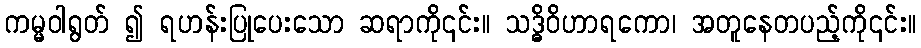
ကမ္မဝါရွတ် ၍ ရဟန်းပြုပေးသော ဆရာကို၎င်း။ သဒ္ဓိဝိဟာရကော၊ အတူနေတပည့်ကို၎င်း။